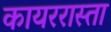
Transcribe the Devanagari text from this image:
कायररास्ता